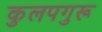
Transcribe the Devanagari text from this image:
कुलपगुरू